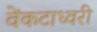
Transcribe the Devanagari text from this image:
वेंकटाध्वरी